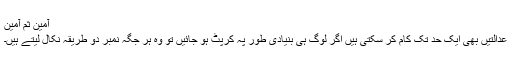
آمین ثم آمین
عدالتیں بھی ایک حد تک کام کر سکتی ہیں اگر لوگ ہی بنیادی طور پہ کرپٹ ہو جائیں تو وہ ہر جگہ نمبر دو طریقہ نکال لیتے ہیں۔